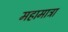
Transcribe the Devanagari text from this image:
महामात्रा